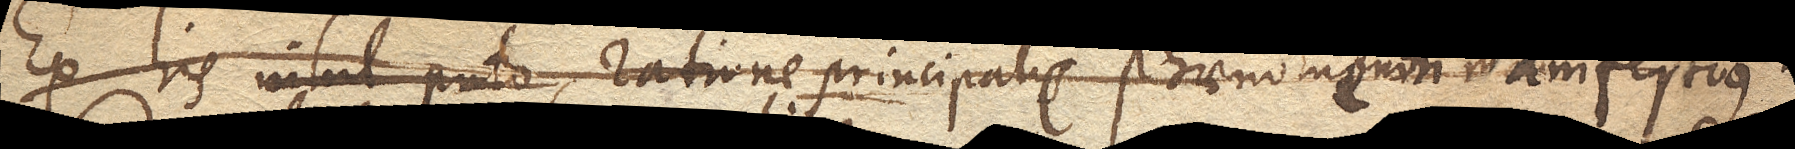
Ex his nihil puto ratione principali phaenomenon manifestius